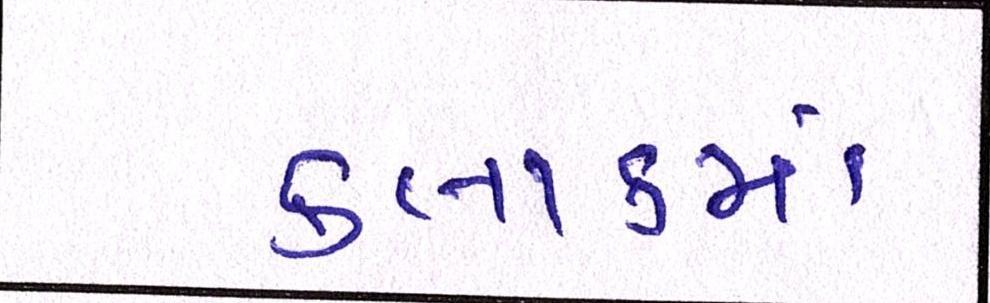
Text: કલાકમાં